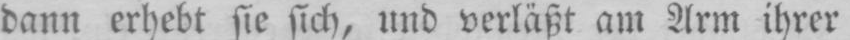
dann erhebt sie sich, und verläßt am Arm ihrer